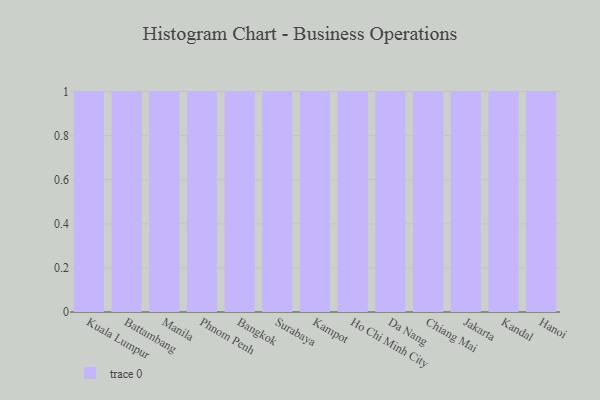
{"axis": {"x": "City", "y": "Conversion Rate (%)"}, "legend": [""], "data": [{"x": "Kuala Lumpur", "y": 19, "type": ""}, {"x": "Battambang", "y": 71, "type": ""}, {"x": "Manila", "y": 22, "type": ""}, {"x": "Phnom Penh", "y": 44, "type": ""}, {"x": "Bangkok", "y": 93, "type": ""}, {"x": "Surabaya", "y": 23, "type": ""}, {"x": "Kampot", "y": 59, "type": ""}, {"x": "Ho Chi Minh City", "y": 26, "type": ""}, {"x": "Da Nang", "y": 64, "type": ""}, {"x": "Chiang Mai", "y": 43, "type": ""}, {"x": "Jakarta", "y": 5, "type": ""}, {"x": "Kandal", "y": 65, "type": ""}, {"x": "Hanoi", "y": 98, "type": ""}]}